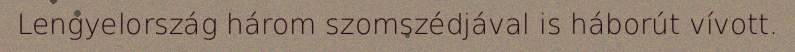
Lengyelország három szomszédjával is háborút vívott.